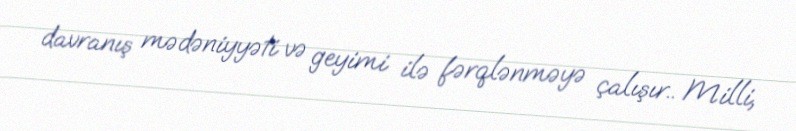
davranış mədəniyyəti və geyimi ilə fərqlənməyə çalışır.. Milli,